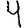
Digit: 4